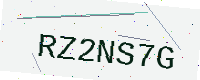
Text: RZ2NS7G